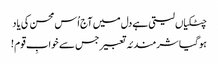
چٹکیاں لیتی ہے دل میں آج اُس محسن کی یاد
ہو گیا شرمندئہ تعبیر جس سے خوابِ قوم !